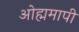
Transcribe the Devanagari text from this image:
ओह्ममापी